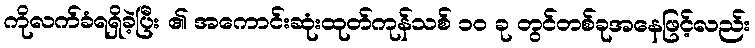
ကိုလက်ခံရရှိခဲ့ပြီး ၏ အကောင်းဆုံးထုတ်ကုန်သစ် ၁၀ ခု တွင်တစ်ခုအနေဖြင့်လည်း